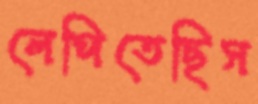
লেপিতেছিস